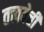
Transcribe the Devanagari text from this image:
तत्त्ववेत्ती